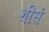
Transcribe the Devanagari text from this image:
शीसं